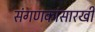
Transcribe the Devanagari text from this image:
संगणकांसारखी